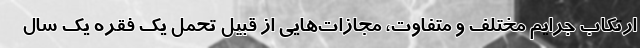
ارتکاب جرایم مختلف و متفاوت، مجازات‌هایی از قبیل تحمل یک فقره یک سال